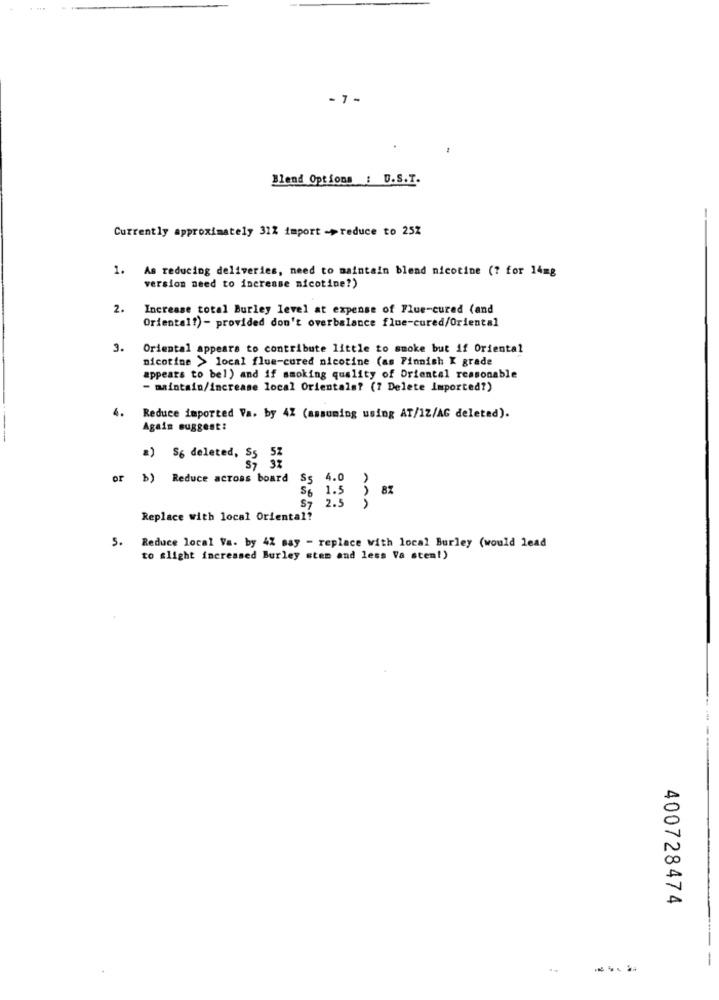
- 7 -
Blend Options : U.S.T.
Currently approximately 31% import ->reduce to 25Z
1. As reducing deliveries, need to maintain blend nicotine (? for 14mg
version need to increase nicotine?)
2.
Increase total Burley level at expense of Flue-cured (and
Oriental?) - provided don't overbalance flue-cured/Oriental
3.
Oriental appears to contribute little to smoke but if Oriental
nicotine > local flue-cured nicotine (as Finnish K grade
appears to bel) and if smoking quality of Oriental reasonable
- maintain/increase local Orientals? (7 Delete Imported?)
4.
Reduce imported Va. by 4% (assuming using AT/12/AG deleted).
Again suggest:
a) S6 deleted, $5 5Z
S7 3%
or b) Reduce across board
4.0
S7
56
1.5 3 82
2.5 )
Replace with local Oriental?
5. Reduce local Va. by 42 say - replace with local Burley (would lead
to slight increased Burley stem and less Va stem!)
400728474